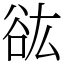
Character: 谹